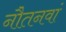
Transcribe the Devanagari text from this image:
नौतनवां